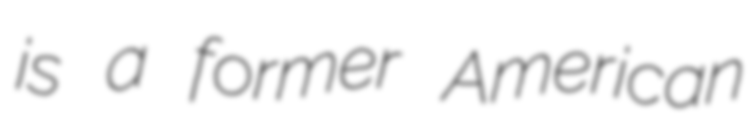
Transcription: is a former American